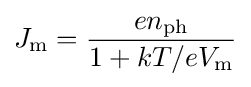
J_{\text{m}}={\frac {en_{\text{ph}}}{1+kT/eV_{\text{m}}}}